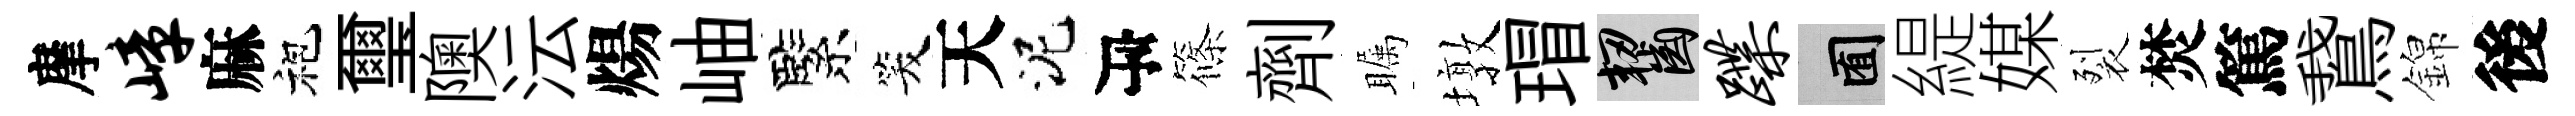
摩嶂麻袍璽隩沄煬岫緊笑天泥瓴篠劑瞩墩瑁齧蹀囿緹媒裂焚篤鵞錦後